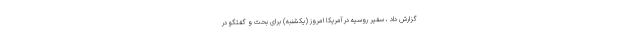
گزارش داد ، سفیر روسیه در آمریکا امروز (یکشنبه) برای بحث و گفتگو در